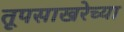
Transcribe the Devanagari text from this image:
तूपसाखरेच्या